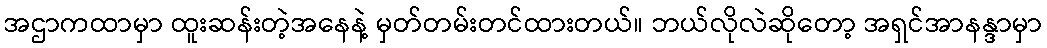
အဌာကထာမှာ ထူးဆန်းတဲ့အနေနဲ့ မှတ်တမ်းတင်ထားတယ်။ ဘယ်လိုလဲဆိုတော့ အရှင်အာနန္ဒာမှာ